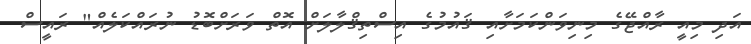
އަދި މިއީ ރާއްޖޭގެ މިނިވަންކަމަށާއި ޤައުމުގެ އިސްތިޤްލާލަށް އޮތް ވަރަށްބޮޑު ނުރައްކަލެއް" ރައީސް